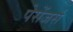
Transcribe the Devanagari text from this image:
पेसेंजर्स